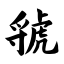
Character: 虢